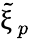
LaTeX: \tilde{\upxi}_{p}